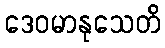
ဒေဝမာနုသေတိ